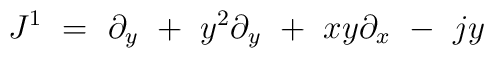
J^1\  =\ \partial_y \ + \ y^2\partial_y\  + \ xy\partial_x\  - \ jy